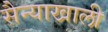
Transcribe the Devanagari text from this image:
सैन्याखाली